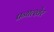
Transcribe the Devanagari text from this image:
प्रन्घत्खेर